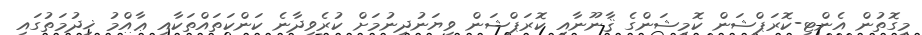
މިގޮތުން އެންޓި-ކޮރަޕްޝަން ކޮމިޝަންގެ ޤާނޫނާއި ކޮރަޕްޝަން ވިޔަނުދިނުމަށް ކުރެވިދާނެ ކަންކަތައްތަކާއި ޢާއްމު ޚިދުމަތުގައި